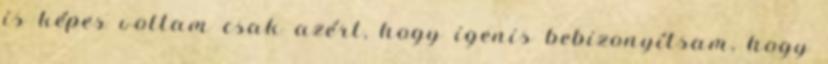
is képes voltam csak azért, hogy igenis bebizonyítsam, hogy